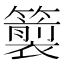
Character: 𮆵